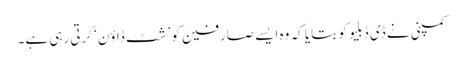
کمپنی نے ڈی ڈبلیو کو بتایا کہ وہ ایسے صارفین کو ’شٹ ڈاؤن‘ کرتی رہی ہے۔